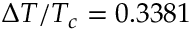
\Delta T / T _ { c } = 0 . 3 3 8 1